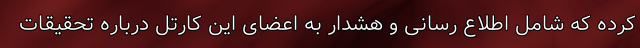
کرده که شامل اطلاع رسانی و هشدار به اعضای این کارتل درباره تحقیقات